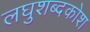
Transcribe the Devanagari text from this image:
लघुशब्दकोश